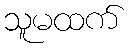
သူမထက်